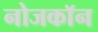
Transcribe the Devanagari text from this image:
नोजकाॅन